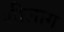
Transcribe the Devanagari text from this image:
शीलाग